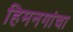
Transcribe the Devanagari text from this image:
हिमनगांचा